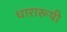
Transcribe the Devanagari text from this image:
धारारूपी